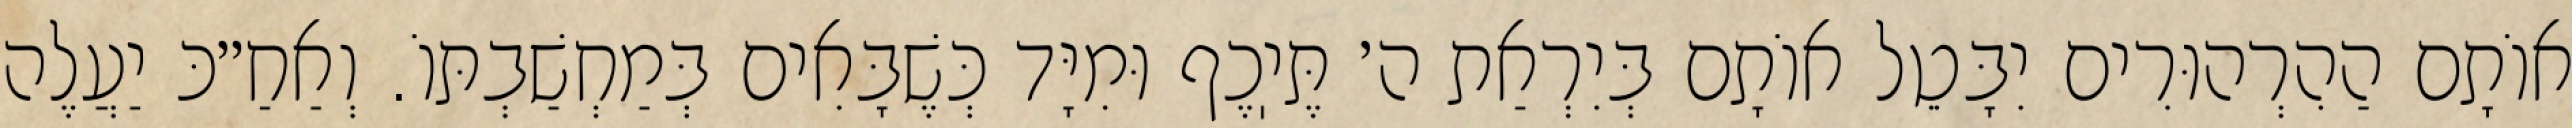
אוֹתָם הַהִרְהוּרִים יִבָּטֵל אוֹתָם בְּיִרְאַת ה׳ תֶּיֽכֶף וּמִיָּד כְּשֶׁבָּאִים בְּמַחְשַׁבְתּוֹ. וְאַחַ״כּ יַעֲלֶה